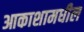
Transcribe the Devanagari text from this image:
आकाशामधील